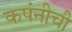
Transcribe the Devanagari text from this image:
कपंनीची